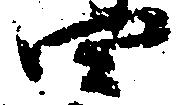
四